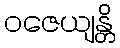
ဝဇေယျန္တိ